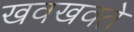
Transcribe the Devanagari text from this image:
खवखवते